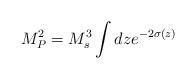
LaTeX: \begin{align*}M_P^2 = M_s^3 \int dz e^{-2\sigma (z)} \end{align*}